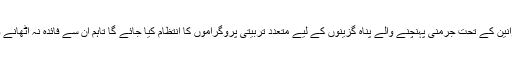
انضمام کے حوالے سے طے پانے والے مجوزہ قوانين کے تحت جرمنی پہنچنے والے پناہ گزينوں کے ليے متعدد تربيتی پروگراموں کا انتظام کيا جائے گا تاہم ان سے فائدہ نہ اٹھانے والوں کی سياسی پناہ منسوخ بھی کی جا سکتی ہے۔